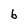
Character: 6